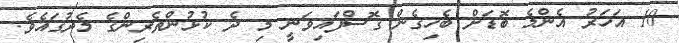
10 އަހަރު އެންމެ ބޮޑަށް ބެހިގެން ގޮސްފައިވަނީ މި ދެ ކުޅުންތެރިންގެ މެދުގައެވެ.